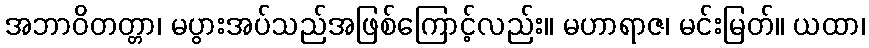
အဘာဝိတတ္တာ၊ မပွားအပ်သည်အဖြစ်ကြောင့်လည်း။ မဟာရာဇ၊ မင်းမြတ်။ ယထာ၊